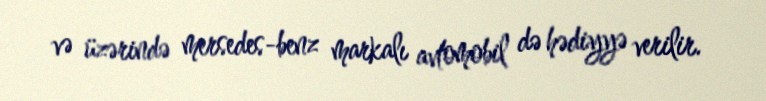
və üzərində mersedes-benz markalı avtomobil də hədiyyə verilir.